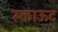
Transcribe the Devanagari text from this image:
स्काऊट